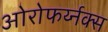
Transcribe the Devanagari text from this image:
ओरोफर्य्नक्स